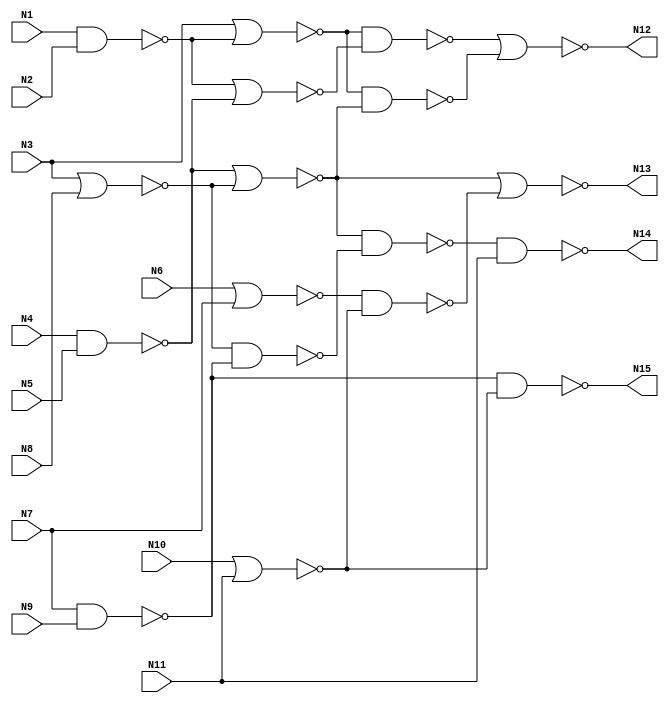
// Verilog
// t2
// Ninputs 11
// Noutputs 4
// NtotalGates 18
// NAND2 5

module t1 (N1,N2,N3,N4,N5,N6,N7, N8, N9, N10, N11, N12, N13, N14, N15);

input N1,N2,N3,N4,N5,N6,N7,N8,N9,N10,N11;

output N12,N13,N14,N15;

wire N16,N17,N18,N19,N20,N21,N22,N23,N24,N25,N26,N27,N28,N29;

nand NAND2_1 (N16, N1, N2);
nor NOR2_2 (N19, N3, N16);
nand NAND2_13 (N21, N4, N5);
nor NOR2_16 (N23, N6, N7);
nand NAND2_18 (N26, N7, N9);
nor NOR2_19 (N25, N3, N8);
nand NAND2_3 (N18, N19, N17);
nor NOR2_10 (N17, N16, N21);
nor NOR2_14 (N22, N21, N25);
nand NAND2_12 (N20, N19, N22);
nor NOR2_11 (N12, N18, N20);
nor NOR2_24 (N27, N10, N11);
nand NAND2_17 (N24, N23, N27);
nor NOR2_15 (N13, N22, N24);
nand NAND2_20 (N28, N25, N26);
nand NAND2_21 (N29, N22, N28);
nand NAND2_22 (N14, N29, N11);
nand NAND2_23 (N15, N26, N27);


endmodule